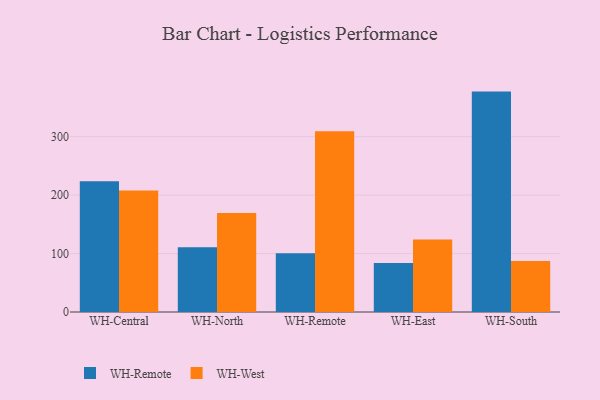
{"axis": {"x": "Warehouse", "y": "Bounce Rate (%)"}, "legend": ["WH-Remote", "WH-West"], "data": [{"x": "WH-Central", "y": 223.9, "type": "WH-Remote"}, {"x": "WH-Central", "y": 207.9, "type": "WH-West"}, {"x": "WH-North", "y": 110.8, "type": "WH-Remote"}, {"x": "WH-North", "y": 169.6, "type": "WH-West"}, {"x": "WH-Remote", "y": 100.5, "type": "WH-Remote"}, {"x": "WH-Remote", "y": 309.2, "type": "WH-West"}, {"x": "WH-East", "y": 83.8, "type": "WH-Remote"}, {"x": "WH-East", "y": 124.0, "type": "WH-West"}, {"x": "WH-South", "y": 377.2, "type": "WH-Remote"}, {"x": "WH-South", "y": 87.4, "type": "WH-West"}]}